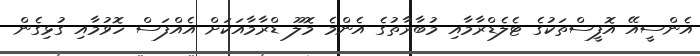
އެންސީއޭ އޮފީސްތަކުގެ ޓެލެޑްރާމާއި މުބާރާތުގެ އެންމެ މޮލޫ ޑްރާމާއަކަށް އެއްފަސް ހޮވުމާއި ގުޅިގެން